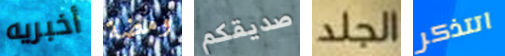
أخبريه ومضة صديقكم الجلد اتتذكر